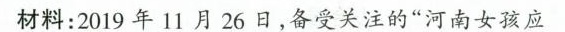
材料：2019年11月26日，备受关注的”河南女孩应